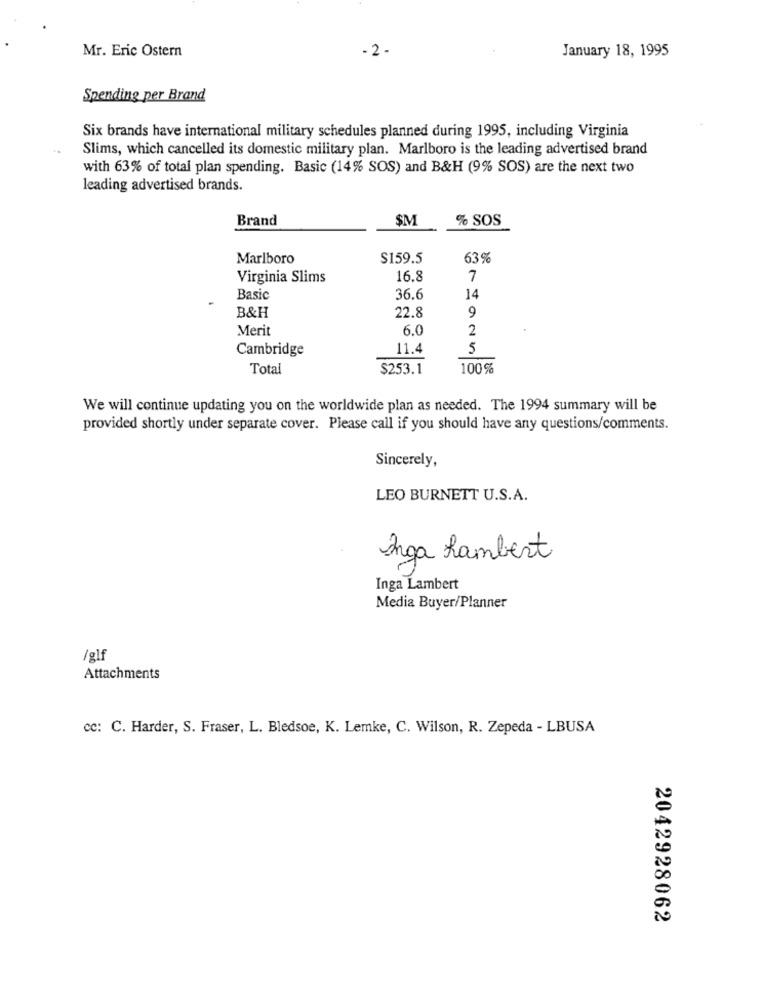
Mr. Eric Ostern
January 18, 1995
- 2 -
Spending per Brand
Six brands have international military schedules planned during 1995, including Virginia
Slims, which cancelled its domestic military plan. Marlboro is the leading advertised brand
with 63% of total plan spending. Basic (14% SOS) and B&H (9% SOS) are the next two
leading advertised brands.
Brand
$M
% SOS
Marlboro
$159.5
63%
Virginia Slims
16.8
7
Basic
36.6
14
B&H
22.8
9
Merit
6.0
2
Cambridge
11.4
5
Total
$253.1
100%
We will continue updating you on the worldwide plan as needed. The 1994 summary will be
provided shortly under separate cover. Please call if you should have any questions/comments.
Sincerely,
LEO BURNETT U.S.A.
Anga Lambert
Inga Lambert
Media Buyer/Planner
/glf
Attachments
cc: C. Harder, S. Fraser, L. Bledsoe, K. Lemke, C. Wilson, R. Zepeda - LBUSA
2042928062